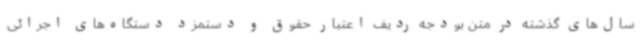
سال‌های گذشته در متن بودجه ردیف اعتبار حقوق و دستمزد دستگاه‌های اجرائی